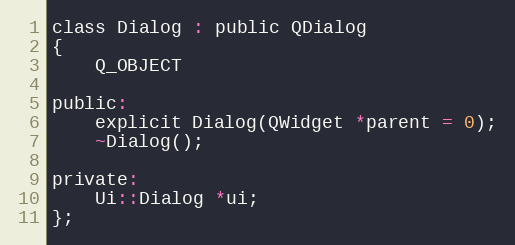
Language: C
class Dialog : public QDialog
{
    Q_OBJECT

public:
    explicit Dialog(QWidget *parent = 0);
    ~Dialog();

private:
    Ui::Dialog *ui;
};